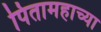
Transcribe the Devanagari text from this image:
पितामहाच्या